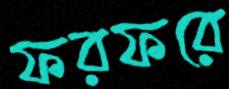
ফরফরে